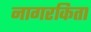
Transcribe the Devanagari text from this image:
नागरकिता